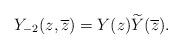
LaTeX: \begin{align*}Y_{-2}(z,\overline{z})= Y(z) \widetilde{Y}(\overline{z}).\end{align*}